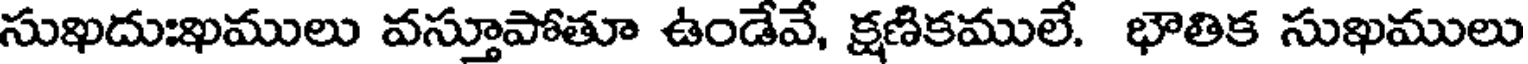
సుఖదుఃఖములు వస్తూపోతూ ఉండేవే, క్షణికములే. భౌతిక సుఖములు